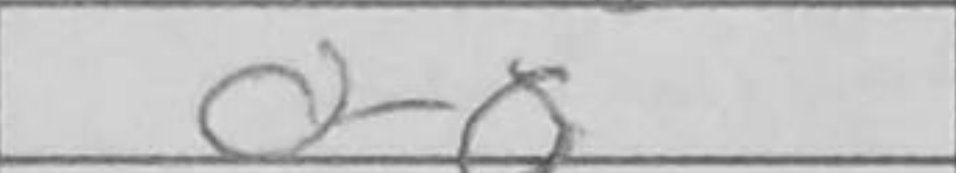
Transcription: O-O